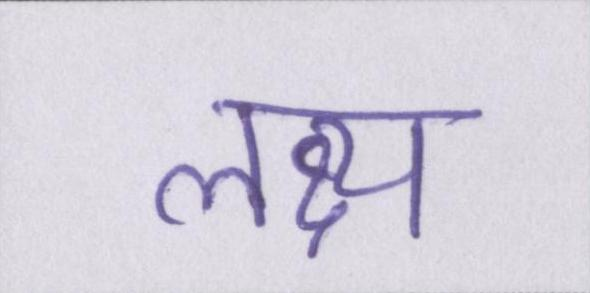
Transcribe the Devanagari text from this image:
लक्ष्य